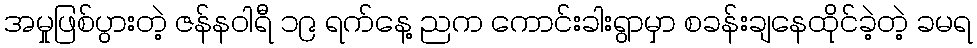
အမှုဖြစ်ပွားတဲ့ ဇန်နဝါရီ ၁၉ ရက်နေ့ ညက ကောင်းခါးရွာမှာ စခန်းချနေထိုင်ခဲ့တဲ့ ခမရ